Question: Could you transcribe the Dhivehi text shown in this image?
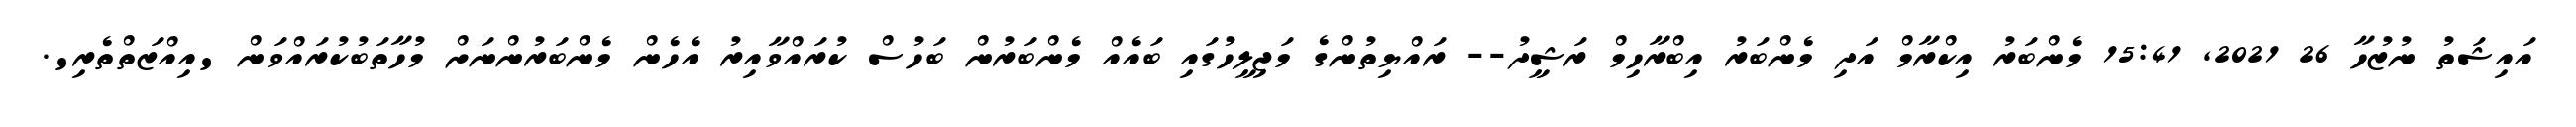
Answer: އައިޝަތު ނުޒުހާ 26 2021, 15:41 މެންބަރު އިކްރާމް އަދި މެންބަރު އިބްރާހިމް ރަޝީދު-- ރައްޔިތުންގެ މަޖިލީހުގައި ބައެއް މެންބަރުން ބަހުސް ކުރައްވާއިރު އެހެން މެންބަރުންނަށް މުހާތަބުކުރައްވަން 'އިއްޒަތްތެރި'.